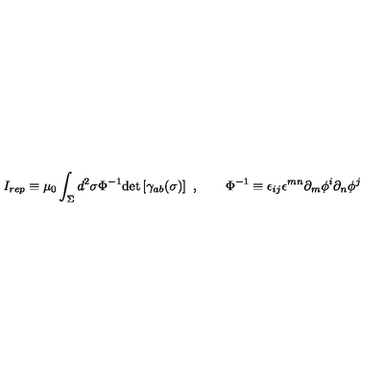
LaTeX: I _ { r e p } \equiv \mu _ { 0 } \int _ { \Sigma } d ^ { 2 } \sigma \Phi ^ { - 1 } \mathrm { d e t } \left[ \gamma _ { a b } ( \sigma ) \right] \ , \qquad \Phi ^ { - 1 } \equiv \epsilon _ { i j } \epsilon ^ { m n } \partial _ { m } \phi ^ { i } \partial _ { n } \phi ^ { j }